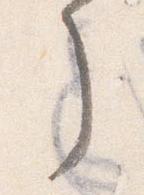
了